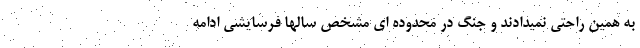
به همین راحتی نمیدادند و جنگ در محدوده ای مشخص سالها فرسایشی ادامه